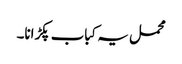
محمل یہ کباب پکڑانا۔